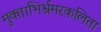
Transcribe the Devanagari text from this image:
मुक्ताभिर्भ्रमरकलिता